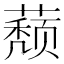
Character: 𰲁